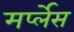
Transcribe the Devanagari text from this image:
मर्प्लेस